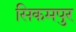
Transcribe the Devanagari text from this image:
सिकमपुर